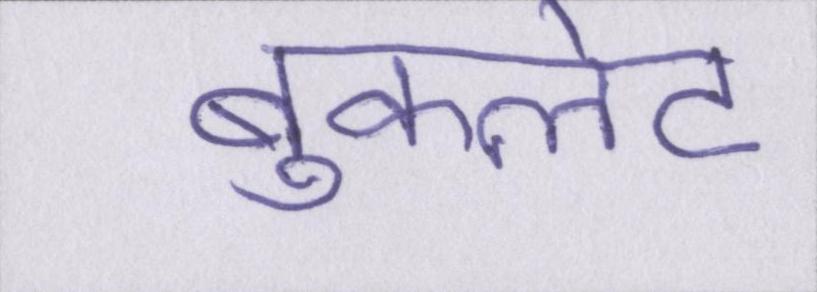
बुकलेट